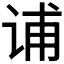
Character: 𰵩